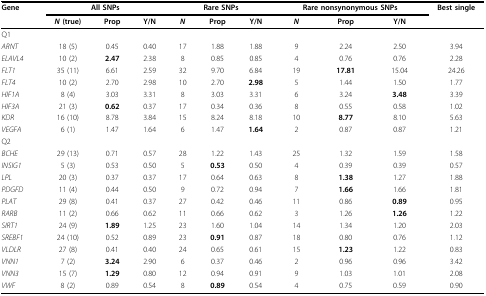
<table><thead><tr><td><b>Gene</b></td><td colspan="3"><b>All SNPs</b></td><td colspan="3"><b>Rare SNPs</b></td><td colspan="3"><b>Rare nonsynonymous SNPs</b></td><td><b>Best single</b></td></tr><tr><td></td><td><b><i>N</i> (true)</b></td><td><b>Prop</b></td><td><b>Y/N</b></td><td><b><i>N</i></b></td><td><b>Prop</b></td><td><b>Y/N</b></td><td><b><i>N</i></b></td><td><b>Prop</b></td><td><b>Y/N</b></td><td></td></tr></thead><tbody><tr><td>Q1</td><td></td><td></td><td></td><td></td><td></td><td></td><td></td><td></td><td></td><td></td></tr><tr><td><i>ARNT</i></td><td>18 (5)</td><td>0.45</td><td>0.40</td><td>17</td><td>1.88</td><td>1.88</td><td>9</td><td>2.24</td><td>2.50</td><td>3.94</td></tr><tr><td><i>ELAVL4</i></td><td>10 (2)</td><td><b>2.47</b></td><td>2.38</td><td>8</td><td>0.85</td><td>0.85</td><td>4</td><td>0.76</td><td>0.76</td><td>2.28</td></tr><tr><td><i>FLT1</i></td><td>35 (11)</td><td>6.61</td><td>2.59</td><td>32</td><td>9.70</td><td>6.84</td><td>19</td><td><b>17.81</b></td><td>15.04</td><td>24.26</td></tr><tr><td><i>FLT4</i></td><td>10 (2)</td><td>2.70</td><td>2.98</td><td>10</td><td>2.70</td><td><b>2.98</b></td><td>5</td><td>1.44</td><td>1.50</td><td>1.77</td></tr><tr><td><i>HIF1A</i></td><td>8 (4)</td><td>3.03</td><td>3.31</td><td>8</td><td>3.03</td><td>3.31</td><td>6</td><td>3.24</td><td><b>3.48</b></td><td>3.39</td></tr><tr><td><i>HIF3A</i></td><td>21 (3)</td><td><b>0.62</b></td><td>0.37</td><td>17</td><td>0.34</td><td>0.36</td><td>8</td><td>0.55</td><td>0.58</td><td>1.02</td></tr><tr><td><i>KDR</i></td><td>16 (10)</td><td>8.78</td><td>3.84</td><td>15</td><td>8.24</td><td>8.18</td><td>10</td><td><b>8.77</b></td><td>8.10</td><td>5.63</td></tr><tr><td><i>VEGFA</i></td><td>6 (1)</td><td>1.47</td><td>1.64</td><td>6</td><td>1.47</td><td><b>1.64</b></td><td>2</td><td>0.87</td><td>0.87</td><td>1.21</td></tr><tr><td>Q2</td><td></td><td></td><td></td><td></td><td></td><td></td><td></td><td></td><td></td><td></td></tr><tr><td><i>BCHE</i></td><td>29 (13)</td><td>0.71</td><td>0.57</td><td>28</td><td>1.22</td><td>1.43</td><td>25</td><td>1.32</td><td>1.59</td><td>1.58</td></tr><tr><td><i>INSIG1</i></td><td>5 (3)</td><td>0.53</td><td>0.50</td><td>5</td><td><b>0.53</b></td><td>0.50</td><td>4</td><td>0.39</td><td>0.39</td><td>0.57</td></tr><tr><td><i>LPL</i></td><td>20 (3)</td><td>0.37</td><td>0.37</td><td>17</td><td>0.64</td><td>0.63</td><td>8</td><td><b>1.38</b></td><td>1.27</td><td>1.88</td></tr><tr><td><i>PDGFD</i></td><td>11 (4)</td><td>0.44</td><td>0.50</td><td>9</td><td>0.72</td><td>0.94</td><td>7</td><td><b>1.66</b></td><td>1.66</td><td>1.81</td></tr><tr><td><i>PLAT</i></td><td>29 (8)</td><td>0.41</td><td>0.37</td><td>27</td><td>0.42</td><td>0.46</td><td>11</td><td>0.86</td><td><b>0.89</b></td><td>0.95</td></tr><tr><td><i>RARB</i></td><td>11 (2)</td><td>0.66</td><td>0.62</td><td>11</td><td>0.66</td><td>0.62</td><td>3</td><td>1.26</td><td><b>1.26</b></td><td>1.22</td></tr><tr><td><i>SIRT1</i></td><td>24 (9)</td><td><b>1.89</b></td><td>1.25</td><td>23</td><td>1.60</td><td>1.04</td><td>14</td><td>1.34</td><td>1.20</td><td>2.03</td></tr><tr><td><i>SREBF1</i></td><td>24 (10)</td><td>0.52</td><td>0.89</td><td>23</td><td><b>0.91</b></td><td>0.87</td><td>18</td><td>0.80</td><td>0.76</td><td>1.12</td></tr><tr><td><i>VLDLR</i></td><td>27 (8)</td><td>0.41</td><td>0.40</td><td>24</td><td>0.65</td><td>0.61</td><td>15</td><td><b>1.23</b></td><td>1.22</td><td>0.83</td></tr><tr><td><i>VNN1</i></td><td>7 (2)</td><td><b>3.24</b></td><td>2.90</td><td>6</td><td>0.37</td><td>0.46</td><td>2</td><td>0.96</td><td>0.96</td><td>3.42</td></tr><tr><td><i>VNN3</i></td><td>15 (7)</td><td><b>1.29</b></td><td>0.80</td><td>12</td><td>0.94</td><td>0.91</td><td>9</td><td>1.03</td><td>1.01</td><td>2.08</td></tr><tr><td><i>VWF</i></td><td>8 (2)</td><td>0.89</td><td>0.54</td><td>8</td><td><b>0.89</b></td><td>0.54</td><td>4</td><td>0.75</td><td>0.59</td><td>0.90</td></tr></tbody></table>